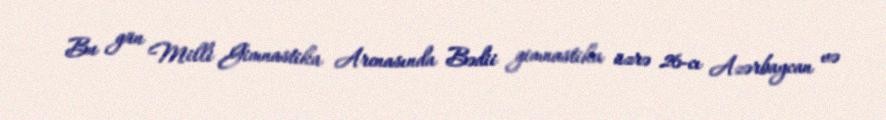
Bu gün Milli Gimnastika Arenasında Bədii gimnastika üzrə 26-cı Azərbaycan və